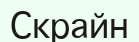
Скрайн